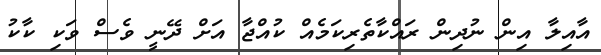
އާއިލާ އިން ނުދިން ރައްކާތެރިކަމެއް ކުއްޖާ އަށް ދޭނީ ވެސް ވަކި ކާކު